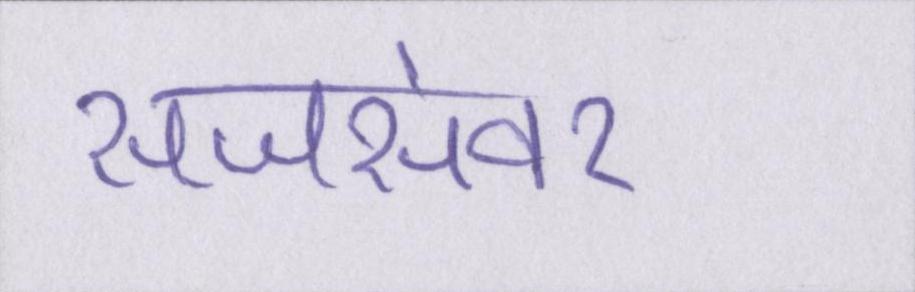
सजसंवर